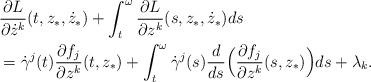
LaTeX: \begin{align*}&\frac{\partial L}{\partial \dot z^k}(t,z_*,\dot z_*)+\int_t^{\omega}\frac{\partial L}{\partial z^k}(s,z_*,\dot z_*)ds\\&=\dot\gamma^j(t)\frac{\partial f_j}{\partial z^k}(t,z_*)+\int_t^\omega\dot\gamma^j(s)\frac{d}{ds}\Big(\frac{\partial f_j}{\partial z^k}(s,z_*)\Big)ds+\lambda_k.\end{align*}